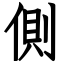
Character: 側